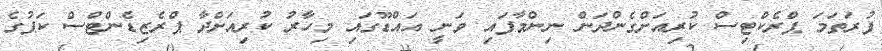
ފުރަތަމަ ޕްރެކްޓިސް ކުރިއަށްގެންދަން ނިންމާފައި ވަނީ އައްޑޫގައި މިހާރު ކުރިއަށްދާ ޕްރެޒިޑެންޓްސް ކަޕުގެ